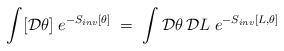
LaTeX: \begin{align*}\int [{\mathcal D} \theta ] \; e^{ - S_{inv}[\theta] }\;=\; \int {\mathcal D}\theta \, {\mathcal D}L \; e^{-S_{inv}[L,\theta]}\end{align*}